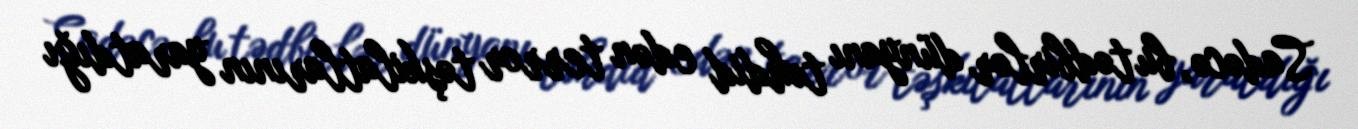
Sadəcə, bu tədbirlər dünyanı təhdid edən terror təşkilatlarının yaratdığı